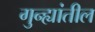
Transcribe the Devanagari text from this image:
गुन्ह्यांतील